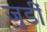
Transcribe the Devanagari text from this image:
जुडीं